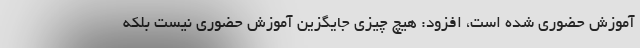
آموزش حضوری شده است، افزود: هیچ چیزی جایگزین آموزش حضوری نیست بلکه